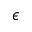
\epsilon